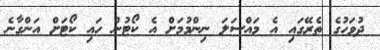
ދުވަހުގެ ތެރޭގައި އެ މައްސަލަ ނިންމުމަށް އެ ކޯޓުން ހައި ކޯޓަށް އަންގާނެ